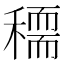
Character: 𥢠